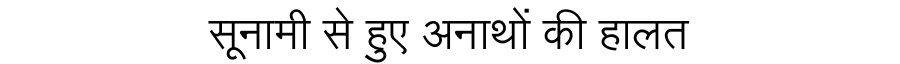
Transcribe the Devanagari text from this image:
सूनामी से हुए अनाथों की हालत